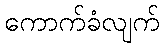
ကောက်ခံလျက်